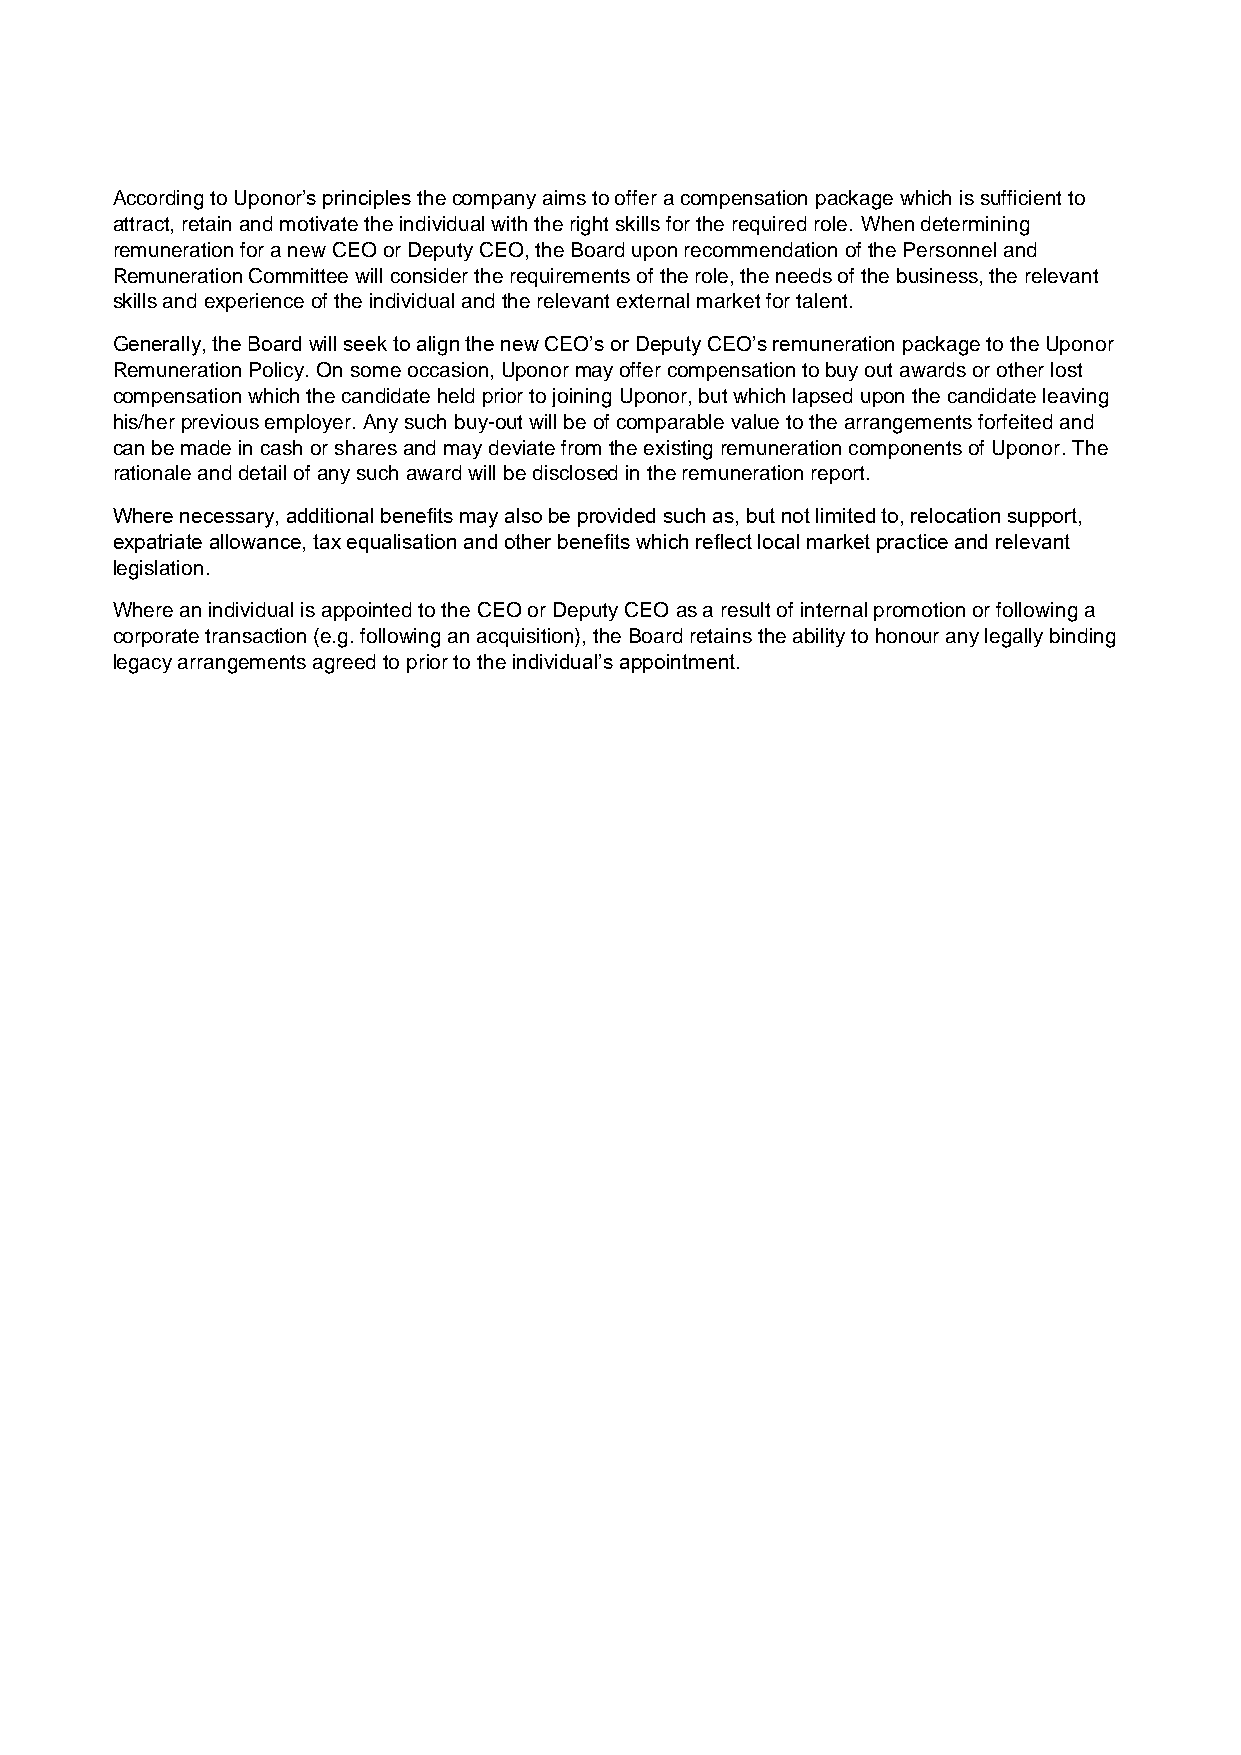
According to Uponor’s principles the company aims to offer a compensation package which is sufficient to
 attract, retain and motivate the individual with the right skills for the required role. When determining
 remuneration for a new CEO or Deputy CEO, the Board upon recommendation of the Personnel and
 Remuneration Committee will consider the requirements of the role, the needs of the business, the relevant
 skills and experience of the individual and the relevant external market for talent.
 Generally, the Board will seek to align the new CEO’s or Deputy CEO’s remuneration package to the Uponor
 Remuneration Policy. On some occasion, Uponor may offer compensation to buy out awards or other lost
 compensation which the candidate held prior to joining Uponor, but which lapsed upon the candidate leaving
 his/her previous employer. Any such buy-out will be of comparable value to the arrangements forfeited and
 can be made in cash or shares and may deviate from the existing remuneration components of Uponor. The
 rationale and detail of any such award will be disclosed in the remuneration report.
 Where necessary, additional benefits may also be provided such as, but not limited to, relocation support,
 expatriate allowance, tax equalisation and other benefits which reflect local market practice and relevant
 legislation.
 Where an individual is appointed to the CEO or Deputy CEO as a result of internal promotion or following a
 corporate transaction (e.g. following an acquisition), the Board retains the ability to honour any legally binding
 legacy arrangements agreed to prior to the individual’s appointment.